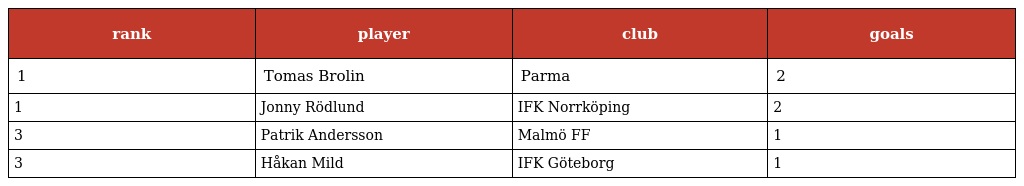
| rank | player | club | goals |
 | --- | --- | --- | --- |
 | 1 | Tomas Brolin | Parma | 2 |
 | 1 | Jonny Rödlund | IFK Norrköping | 2 |
 | 3 | Patrik Andersson | Malmö FF | 1 |
 | 3 | Håkan Mild | IFK Göteborg | 1 |